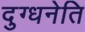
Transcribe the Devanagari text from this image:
दुग्धनेति